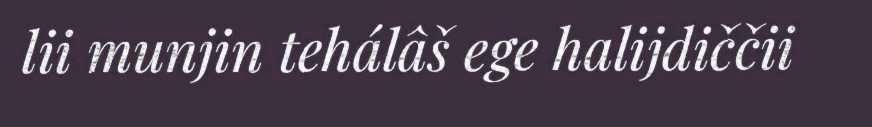
lii munjin tehálâš ege halijdiččii